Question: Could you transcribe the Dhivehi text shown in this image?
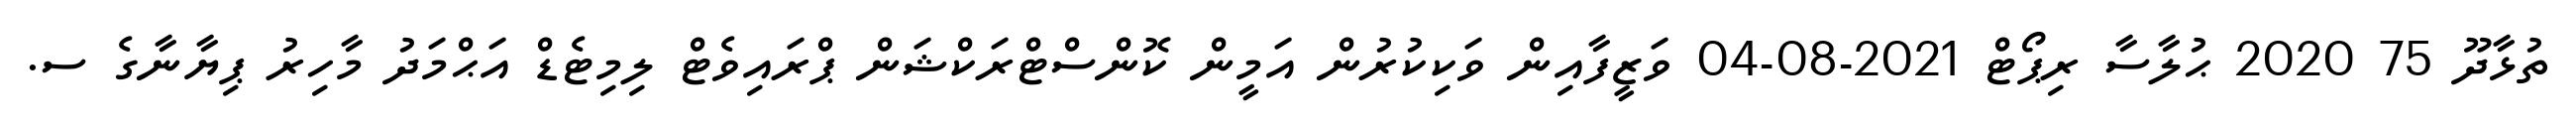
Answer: ތުޅާދޫ 75 2020 ޙުލާސާ ރިޕޯޓް 2021-08-04 ވަޒީފާއިން ވަކިކުރުން އަމީން ކޮންސްޓްރަކްޝަން ޕްރައިވެޓް ލިމިޓެޑް އަޙްމަދު މާހިރު ޕިޔާނާގެ ސ.